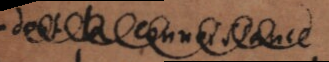
dont la connoissance